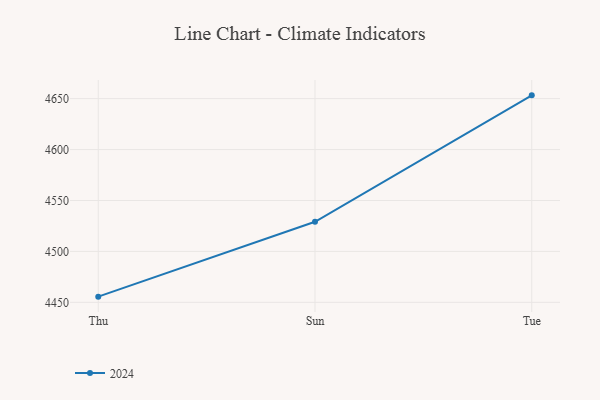
{"axis": {"x": "Day", "y": "Conversion Rate (%)"}, "legend": ["2024"], "data": [{"x": "Thu", "y": 4455.6, "type": "2024"}, {"x": "Sun", "y": 4529.1, "type": "2024"}, {"x": "Tue", "y": 4653.2, "type": "2024"}]}